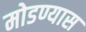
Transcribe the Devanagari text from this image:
मोडण्यास